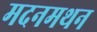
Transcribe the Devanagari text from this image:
मदनमथन